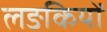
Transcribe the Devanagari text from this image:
लङकियों